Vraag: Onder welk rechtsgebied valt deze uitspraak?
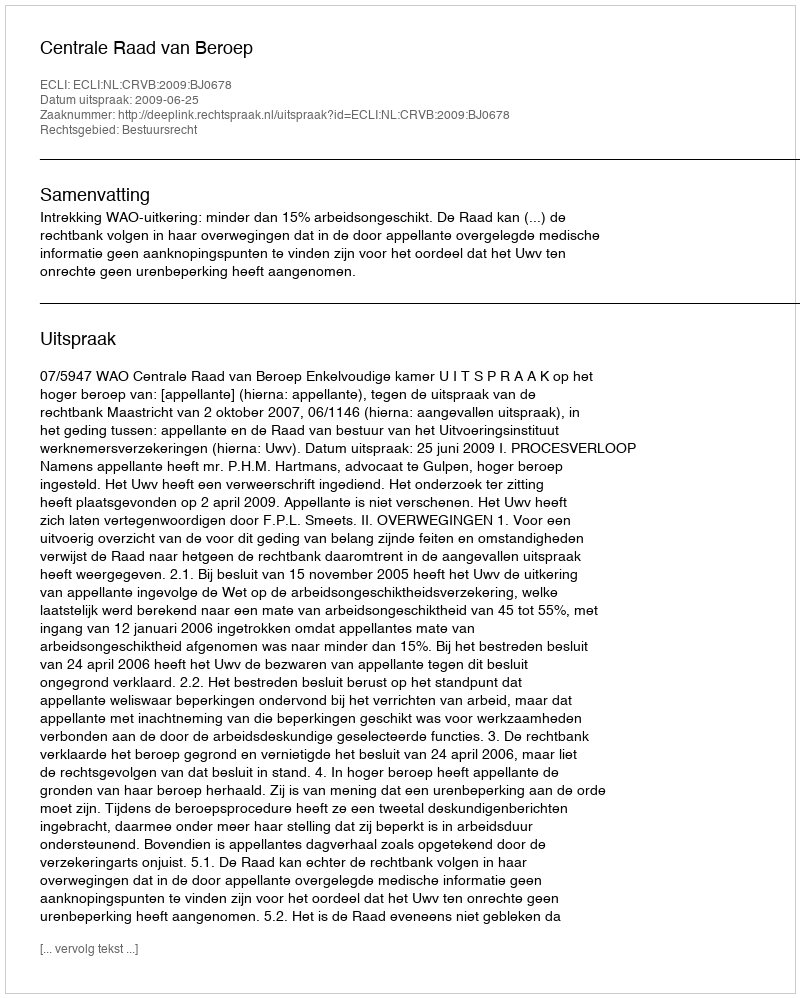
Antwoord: Bestuursrecht